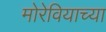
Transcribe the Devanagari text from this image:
मोरेवियाच्या